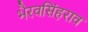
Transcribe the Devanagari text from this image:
भैरवसिंहराव